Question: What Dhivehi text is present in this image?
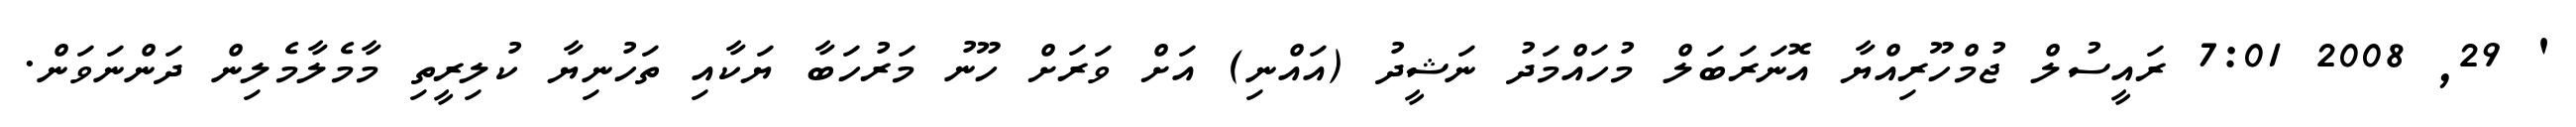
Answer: ' 29, 2008 7:01 ރައީސުލް ޖުމްހޫރިއްޔާ އޮނަރަބަލް މުހައްމަދު ނަޝީދު (އައްނި) އަށް ވަރަށް ހޫނު މަރުހަބާ ޔަކާއި ތަހުނިޔާ ކުލިރީތި މާމެލާމެލިން ދަންނަވަން.